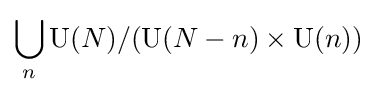
\bigcup _{n}\mathrm {U} (N)/(\mathrm {U} (N-n)\times \mathrm {U} (n))